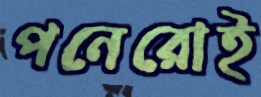
পনেরোই